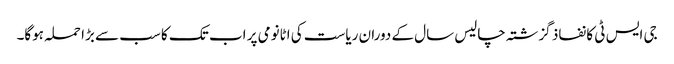
جی ایس ٹی کا نفاذ گزشتہ چالیس سال کے دوران ریاست کی اٹانومی پر اب تک کا سب سے بڑا حملہ ہوگا۔